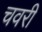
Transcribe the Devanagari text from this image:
चवरी